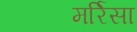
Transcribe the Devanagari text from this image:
मर्रिसा